Vaccination in Bombay 1863-1868 - 1863-1868
Year: 1863
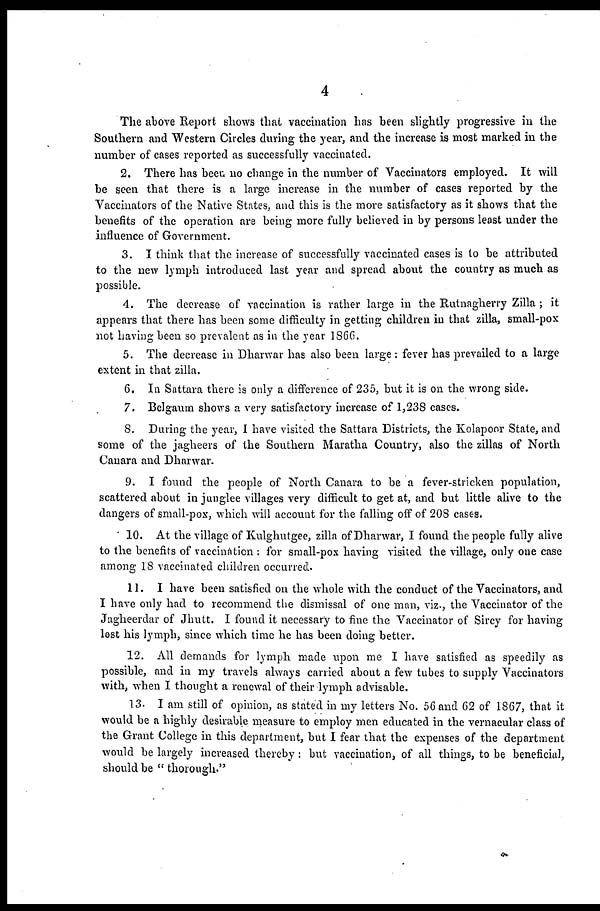
4
The above Report shows that vaccination has been slightly progressive in the
Southern and Western Circles during the year, and the increase is most marked in the
number of cases reported as successfully vaccinated.
2. There has been no change in the number of Vaccinators employed. It will
be seen that there is a large increase in the number of cases reported by the
Vaccinators of the Native States, and this is the more satisfactory as it shows that the
benefits of the operation are being more fully believed in by persons least under the
influence of Government.
3. I think that the increase of successfully vaccinated cases is to be attributed
to the new lymph introduced last year and spread about the country as much as
possible.
4. The decrease of vaccination is rather large in the Rutnagherry Zilla ; it
appears that there has been some difficulty in getting children in that zilla, small-pox
not having been so prevalent as in the year 1866.
5. The decrease in Dharwar has also been large : fever has prevailed to a large
extent in that zilla.
6. In Sattara there is only a difference of 235, but it is on the wrong side.
7. Belgaum shows a very satisfactory increase of 1,238 cases.
8. During the year, I have visited the Sattara Districts, the Kolapoor State, and
some of the jagheers of the Southern Maratha Country, also the zillas of North
Canara and Dharwar.
9. I found the people of North Canara to be a fever-stricken population,
scattered about in junglee villages very difficult to get at, and but little alive to the
dangers of small-pox, which will account for the falling off of 208 cases.
10. At the village of Kulghutgee, zilla of Dharwar, I found the people fully alive
to the benefits of vaccination : for small-pox having visited the village, only one case
among 18 vaccinated children occurred.
11. I have been satisfied on the whole with the conduct of the Vaccinators, and
I have only had to recommend the dismissal of one man, viz., the Vaccinator of the
Jagheerdar of Jhutt. I found it necessary to fine the Vaccinator of Sircy for having
lost his lymph, since which time he has been doing better.
12. All demands for lymph made upon me I have satisfied as speedily as
possible, and in my travels always carried about a few tubes to supply Vaccinators
with, when I thought a renewal of their lymph advisable.
13. I am still of opinion, as stated in my letters No. 56 and 62 of 1867, that it
would be a highly desirable measure to employ men educated in the vernacular class of
the Grant College in this department, but I fear that the expenses of the department
would be largely increased thereby: but vaccination, of all things, to be beneficial,
should be " thorough."